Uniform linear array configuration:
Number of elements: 32
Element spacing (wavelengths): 0.25
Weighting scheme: blackman
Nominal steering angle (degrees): -15
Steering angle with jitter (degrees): -15.18
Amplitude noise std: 0.05
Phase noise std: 0.05

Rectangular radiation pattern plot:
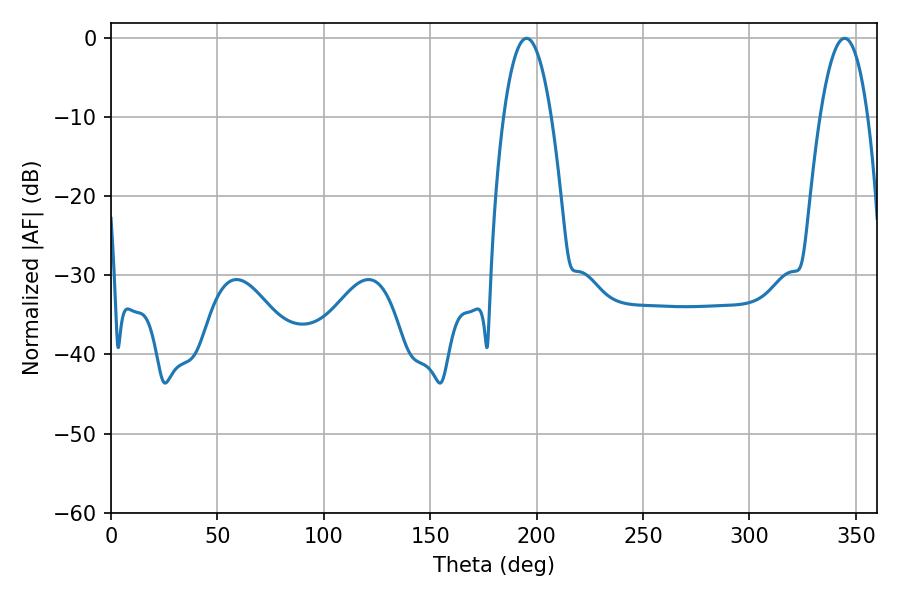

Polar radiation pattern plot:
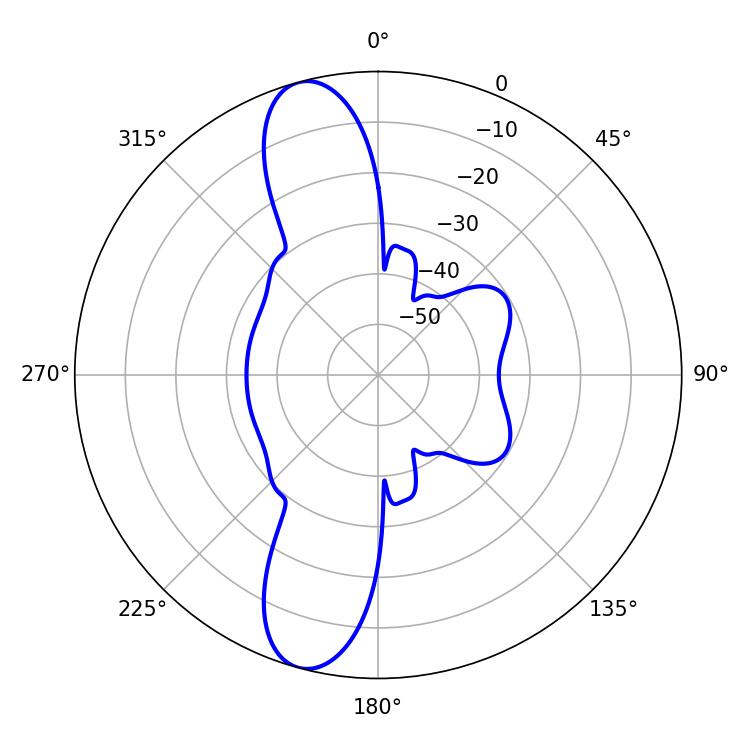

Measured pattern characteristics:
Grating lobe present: FALSE
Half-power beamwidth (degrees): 12.42
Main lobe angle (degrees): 195.3